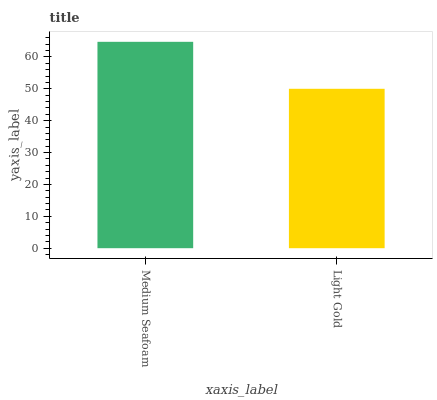
| xaxis_label | bars |
 | --- | --- |
 | Medium Seafoam | 64.7 |
 | Light Gold | 50 |